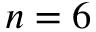
n = 6